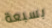
بسبعة